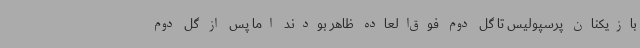
بازیکنان پرسپولیس تا گل دوم فوق‌العاده ظاهر بودند اما پس از گل دوم